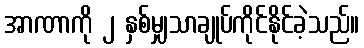
အာဏာကို ၂ နှစ်မျှသာချုပ်ကိုင်နိုင်ခဲ့သည်။